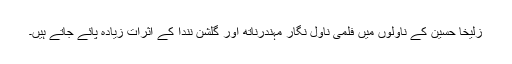
زُلیخا حُسین کے ناولوں میں فلمی ناول نگار مہندرناتھ اور گلشن نندا کے اثرات زیادہ پائے جاتے ہیں۔